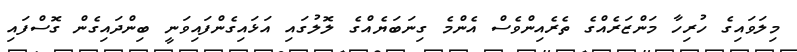
މިލަވައިގެ ހުރިހާ މަންޒަރެއްގެ ތެރެއިންވެސް އެންމެ ގިނަބަޔެއްގެ ލޮލުގައި އަޅައިގެންފައިވަނީ ބިންދައިގެން ގޮސްފައި